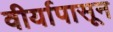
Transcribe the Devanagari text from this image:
वीर्यापासून